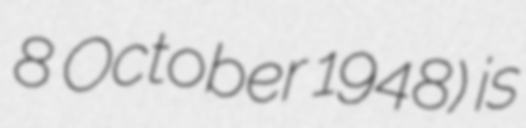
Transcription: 8 October 1948) is